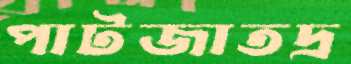
পাটজাতদ্র